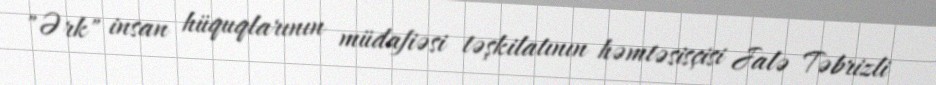
"Ərk" insan hüquqlarının müdafiəsi təşkilatının həmtəsisçisi Jalə Təbrizli